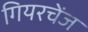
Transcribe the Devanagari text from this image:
गियरचेंज